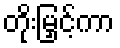
တိုးမြှင့်ကာ